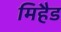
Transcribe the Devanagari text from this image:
मिहैड